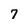
Character: 7